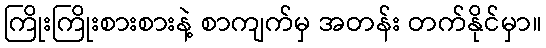
ကြိုးကြိုးစားစားနဲ့ စာကျက်မှ အတန်း တက်နိုင်မှာ။